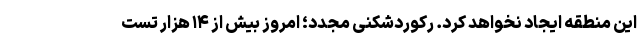
این منطقه ایجاد نخواهد کرد. رکوردشکنی مجدد؛ امروز بیش از ۱۴ هزار تست